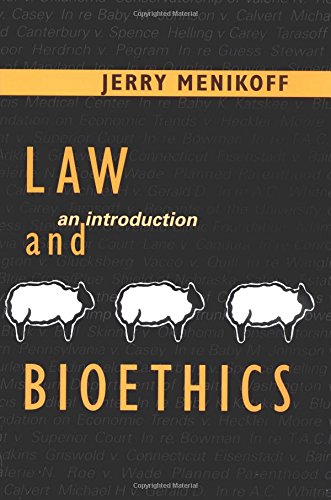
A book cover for Law and Bioethics: An Introduction; Jerry Menikoff MD  JD; Law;